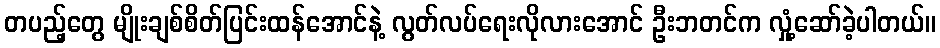
တပည့်တွေ မျိုးချစ်စိတ်ပြင်းထန်အောင်နဲ့ လွတ်လပ်ရေးလိုလားအောင် ဦးဘတင်က လှုံ့ဆော်ခဲ့ပါတယ်။